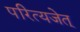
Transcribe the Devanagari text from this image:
परित्यजेत्